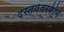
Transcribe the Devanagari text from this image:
दस्तयेवस्कीने